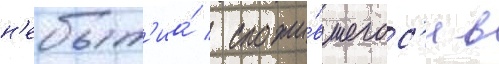
н'ебыт'иа́ / сложи́вшегос'я в